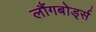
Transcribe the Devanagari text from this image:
लौंगबोर्ड्स